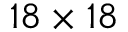
1 8 \times 1 8